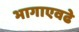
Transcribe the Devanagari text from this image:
भागाएवढे